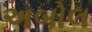
અબોલ